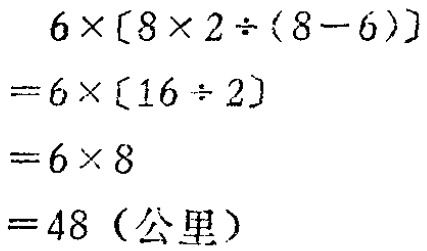
\[

\begin{align*}

&6\times[8\times2\div(8 - 6)]\\

=&6\times[16\div2]\\

=&6\times8\\

=&48（公里）

\end{align*}

\]